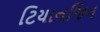
ટિયાનજિન